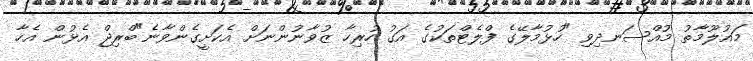
މައުލޫމާތު މުއްސަނދިވި "ހުޅުމާލޭގެ ފްލެޓްތަކުގެ އަގު ހުރިހާ ޒުވާނުންނަށް އެކަށީގެންވާނެ"ބްރިޖް އެޅުން އެހާ